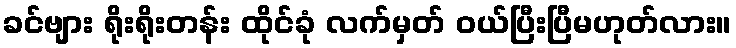
ခင်ဗျား ရိုးရိုးတန်း ထိုင်ခုံ လက်မှတ် ဝယ်ပြီးပြီမဟုတ်လား။